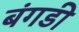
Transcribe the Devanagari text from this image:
बंगडी